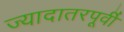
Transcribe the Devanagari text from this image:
ज्यादातरपूर्वी